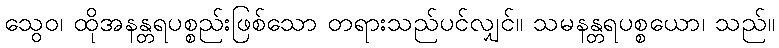
သွေဝ၊ ထိုအနန္တရပစ္စည်းဖြစ်သော တရားသည်ပင်လျှင်။ သမနန္တရပစ္စယော၊ သည်။